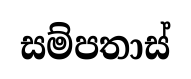
සම්පතාස්